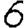
Digit: 6